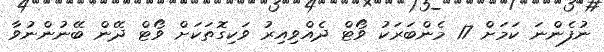
ނުފެންނަ ކަމަށް 17 މެންބަރަކު ވޯޓް ދެއްވިއިރު ވަކިގޮތަކަށް ވޯޓް ދޭން ބޭނުންނުވާ